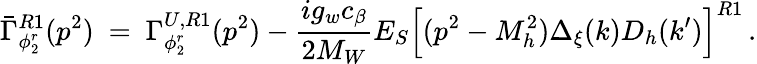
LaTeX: \bar{\Gamma}_{\phi_{2}^{r}}^{R1}(p^{2})\ =\ \Gamma_{\phi_{2}^{r}}^{U,R1}(p^{2})-\frac{ig_{w}c_{\beta}}{2M_{W}}E_{S}\Big[(p^{2}-M_{h}^{2})\Delta_{\xi}(k)D_{h}(k^{\prime})\Big]^{R1}\, .